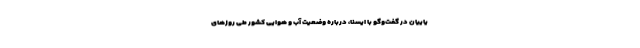
یاییان در گفت‌وگو با ایسنا، درباره وضعیت آب و هوایی کشور طی روزهای